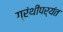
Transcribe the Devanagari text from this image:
ग्रंथींपर्यंत